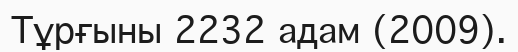
Тұрғыны 2232 адам (2009).